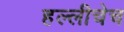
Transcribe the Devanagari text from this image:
हल्लीचेच